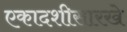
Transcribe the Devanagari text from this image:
एकादशीसारखे